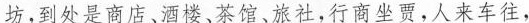
坊，到处是商店、酒楼、茶馆、旅社，行商坐贾，人来车往，